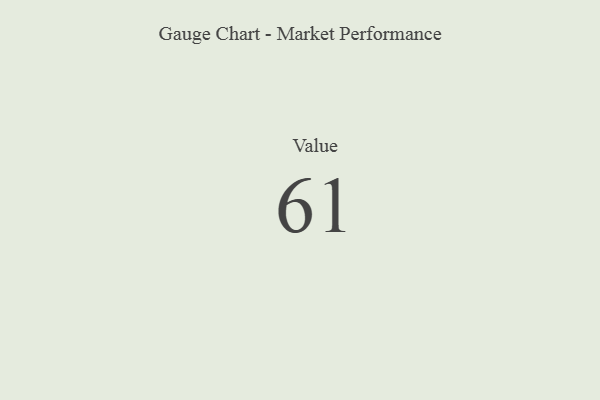
{"axis": {"x": "Metric", "y": "Value"}, "legend": [""], "data": [{"x": "Value", "y": 61, "type": ""}]}